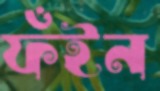
ফঁইন